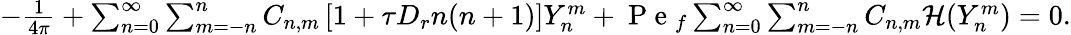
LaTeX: \begin{array}{r}{-\frac{1}{4\pi}+\sum_{n=0}^{\infty}\sum_{m=-n}^{n}C_{n,m}\left[1+\tau D_{r}n(n+1)\right]Y_{n}^{m}+\mathrm{~P~e~}_{f}\sum_{n=0}^{\infty}\sum_{m=-n}^{n}C_{n,m}\mathcal{H}(Y_{n}^{m})=0.}\end{array}